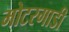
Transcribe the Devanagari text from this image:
मोटरगाडी